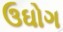
ઉઘોગ